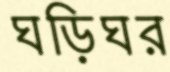
ঘড়িঘর